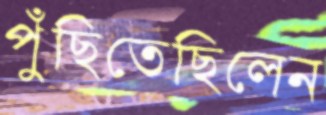
পুঁছিতেছিলেন